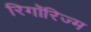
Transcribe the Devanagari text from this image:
रिगॉरिज्म